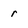
Character: r